system: You are a helpful assistant.
user:
Analyze the provided spectrum to determine if it is a **M-type Giant (gM)**.

A M-type Giant spectrum is defined by its **strong molecular absorption** features, particularly from **Titanium Oxide (TiO)**. You must check for one of the following mutually exclusive signatures:

- **Key Visual Indicators (Absorption-Dominated Spectrum):**

    - **(Primary):** The spectrum is dominated by strong molecular absorption from **Titanium Oxide (TiO)**. This is the **defining feature** of its M-type temperature class.
        - **(Key Bandheads):** Look for sharp, "saw-tooth" absorption valleys. The strongest are located near **~7050 Å**, **~6160 Å**, and **~5170 Å**.
        - **(Line Profile):** The "saw-tooth" morphology is critical: a **sharp, steep drop on the BLUE (short-wavelength) side** of the bandhead, followed by a gradual recovery (rising flux) towards the RED (long-wavelength) side.

    - **(Key Confirmation - Giant vs. Dwarf):** **ABSENCE** of strong **Calcium Hydride (CaH)** molecular bands. This is the primary diagnostic for *excluding* M-dwarfs.
        - **(Key Region):** The spectrum should lack the strong, broad absorption band seen in dwarfs between **~6800 Å and ~7000 Å**.

    - **(Secondary Confirmation - Giant):** A very strong and broad **Neutral Calcium (Ca I)** atomic absorption line.
        - **(Key Line):** Located at **~4226 Å**. In a giant (gM), this line is significantly deeper and broader than the same line in an M-dwarf (dM) due to low surface gravity.

    - **(Overall Spectrum):**
        - The continuum is **extremely red-sloping** (i.e., flux is very low in the blue and rises dramatically towards the red).
        - The entire spectrum appears "chopped up" by the deep TiO bands.

Think first, call **spectral_visualization_tool** if needed to examine features in detail, then provide your final answer. Your response must adhere to the following strict rules:
1.  **Overall Structure:** Your response must follow the format `<think>...</think> <tool_call>...</tool_call> (if a tool is used) <answer>...</answer>`.
2.  **Tool Usage Constraint:** You may only make **one** tool call per turn.
3.  **Final Answer Format:** In the `<answer>` tag, your conclusion must be inside a `\boxed{}` command (e.g., `\boxed{YES}` or `\boxed{NO}`), followed by your justification.

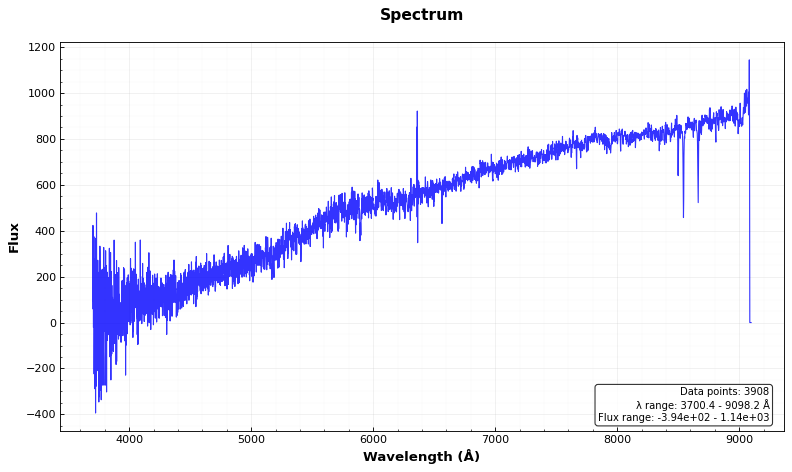
Answer: NO